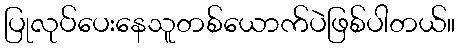
ပြုလုပ်ပေးနေသူတစ်ယောက်ပဲဖြစ်ပါတယ်။